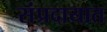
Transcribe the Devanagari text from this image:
संंप्रदायात